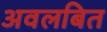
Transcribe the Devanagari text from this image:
अवलबित